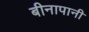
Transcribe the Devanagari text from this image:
बीनापानी